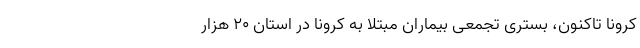
کرونا تاکنون، بستری تجمعی بیماران مبتلا به کرونا در استان ۲۰ هزار